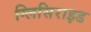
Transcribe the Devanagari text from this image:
ग्लिसिराइड